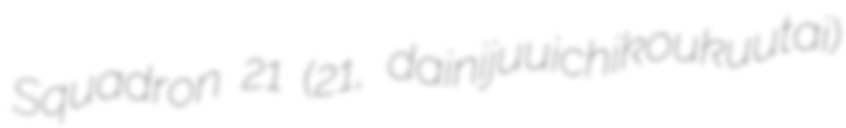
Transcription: Squadron 21 (第21航空隊, dainijuuichikoukuutai)